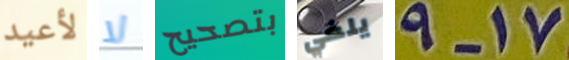
لأعيد لا بتصحيح يلغي 17-9